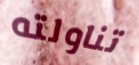
تناولته